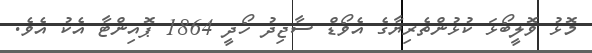
މޮޅު ވޮލީބޯޅަ ކުޅުންތެރިޔާގެ އެވޯޑް ސާޖިދު ހޯދީ 1864 ޕޮއިންޓާ އެކު އެވެ.